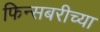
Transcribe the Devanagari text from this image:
फिन्सबरीच्या